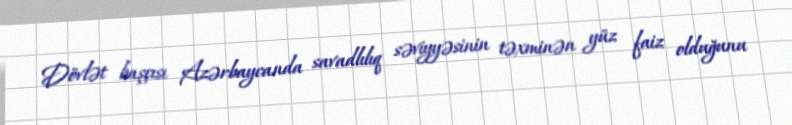
Dövlət başçısı Azərbaycanda savadlılıq səviyyəsinin təxminən yüz faiz olduğunu